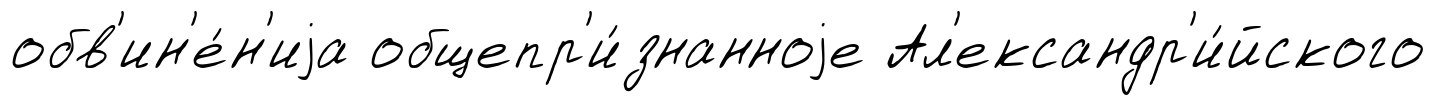
обв'ин'е́н'иjа общепр'и́знанноjе Ал'ександр'и́йского